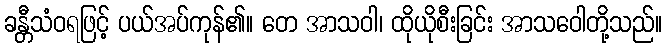
ခန္တီသံဝရဖြင့် ပယ်အပ်ကုန်၏။ တေ အာသဝါ၊ ထိုယိုစီးခြင်း အာသဝေါတို့သည်။